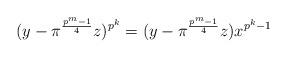
LaTeX: \begin{align*}(y-\pi ^{\frac{p^m-1}{4}}z)^{p^k}=(y-\pi ^{\frac{p^m-1}{4}}z)x^{p^k-1}\end{align*}